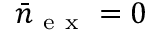
\bar { n } _ { \mathrm { ~ e ~ x ~ } } = 0